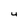
Character: 4